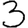
Digit: 3